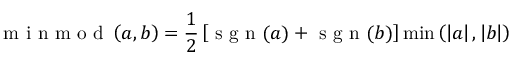
\mathrm { ~ m ~ i ~ n ~ m ~ o ~ d ~ } \left( a , b \right) = \frac { 1 } { 2 } \left[ \mathrm { ~ s ~ g ~ n ~ } ( a ) + \mathrm { ~ s ~ g ~ n ~ } ( b ) \right] \operatorname* { m i n } \left( \left| a \right| , \left| b \right| \right)